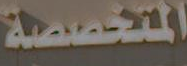
المتخصصة